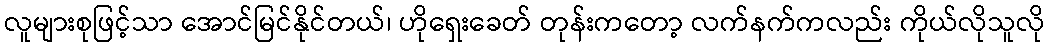
လူများစုဖြင့်သာ အောင်မြင်နိုင်တယ်၊ ဟိုရှေးခေတ် တုန်းကတော့ လက်နက်ကလည်း ကိုယ်လိုသူလို